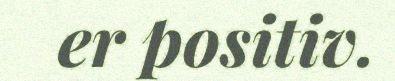
er positiv.